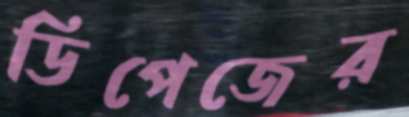
ডিপেজের